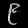
Digit: ၉